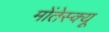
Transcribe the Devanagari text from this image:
मोंतेस्क्यू